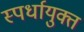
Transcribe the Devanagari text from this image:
स्पर्धायुक्त